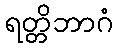
ရတ္တိဘာဂံ